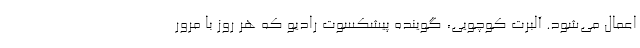
اعمال می‌شود. آلبرت کوچویی، گوینده پیشکسوت رادیو که هر روز با مرور